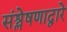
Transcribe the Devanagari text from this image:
संश्लेषणाद्वारे